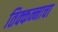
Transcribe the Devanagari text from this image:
तिक्कन्नाचा